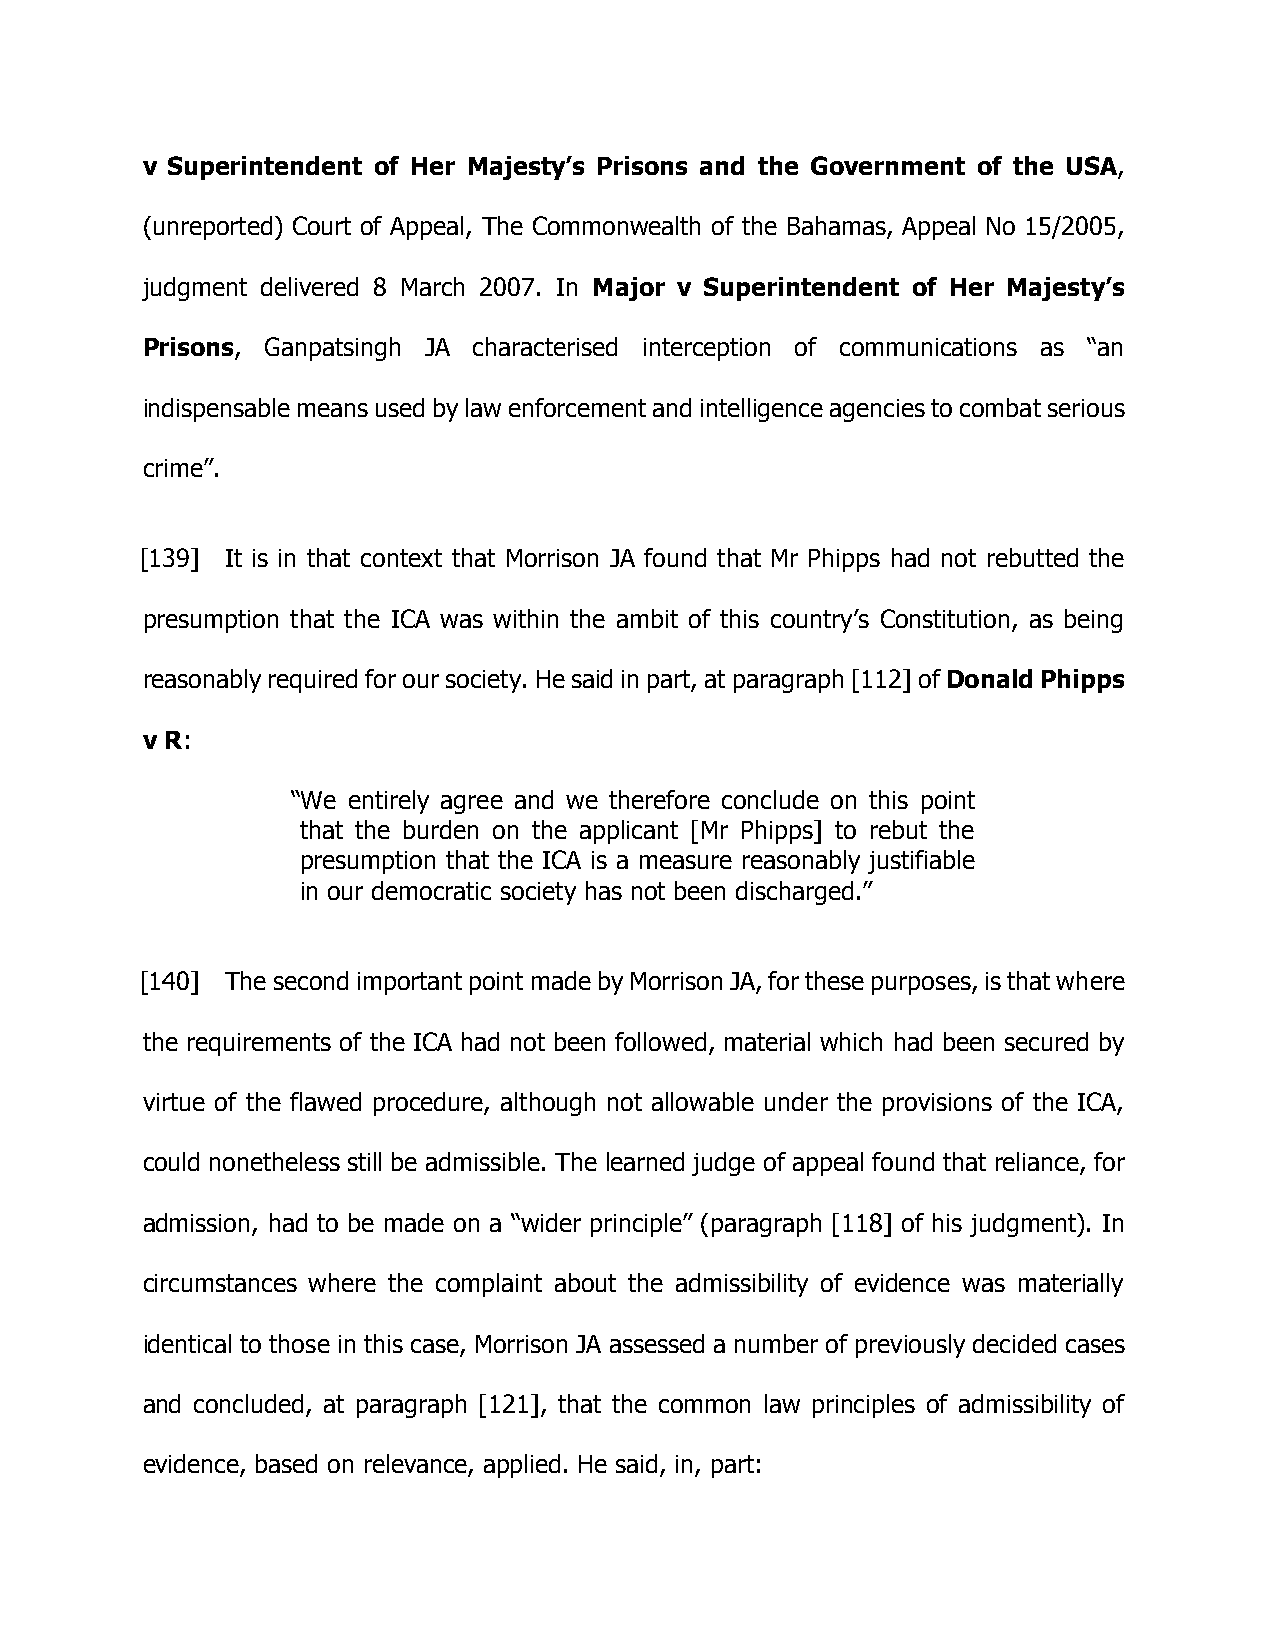
v Superintendent of Her Majesty’s Prisons and the Government of the USA,
 (unreported) Court of Appeal, The Commonwealth of the Bahamas, Appeal No 15/2005,
 judgment delivered 8 March 2007. In Major v Superintendent of Her Majesty’s
 Prisons, Ganpatsingh JA characterised interception of communications as “an
 indispensable means used by law enforcement and intelligence agencies to combat serious
 crime”.
 [139] It is in that context that Morrison JA found that Mr Phipps had not rebutted the
 presumption that the ICA was within the ambit of this country’s Constitution, as being
 reasonably required for our society. He said in part, at paragraph [112] of Donald Phipps
 v R:
 “We entirely agree and we therefore conclude on this point
 that the burden on the applicant [Mr Phipps] to rebut the
 presumption that the ICA is a measure reasonably justifiable
 in our democratic society has not been discharged.”
 [140] The second important point made by Morrison JA, for these purposes, is that where
 the requirements of the ICA had not been followed, material which had been secured by
 virtue of the flawed procedure, although not allowable under the provisions of the ICA,
 could nonetheless still be admissible. The learned judge of appeal found that reliance, for
 admission, had to be made on a “wider principle” (paragraph [118] of his judgment). In
 circumstances where the complaint about the admissibility of evidence was materially
 identical to those in this case, Morrison JA assessed a number of previously decided cases
 and concluded, at paragraph [121], that the common law principles of admissibility of
 evidence, based on relevance, applied. He said, in, part: